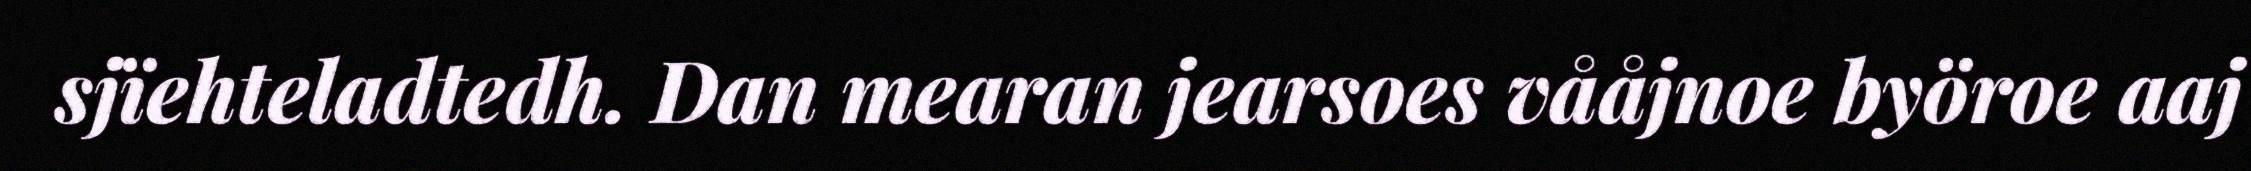
sjïehteladtedh. Dan mearan jearsoes vååjnoe byöroe aaj